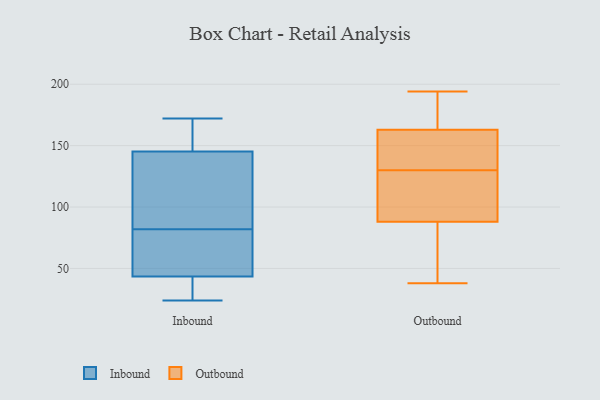
{"axis": {"x": "Demand Index", "y": "Value"}, "legend": ["Inbound", "Outbound"], "data": [{"x": "", "y": 27, "type": "Inbound"}, {"x": "", "y": 27, "type": "Inbound"}, {"x": "", "y": 67, "type": "Inbound"}, {"x": "", "y": 49, "type": "Inbound"}, {"x": "", "y": 51, "type": "Inbound"}, {"x": "", "y": 110, "type": "Inbound"}, {"x": "", "y": 144, "type": "Inbound"}, {"x": "", "y": 82, "type": "Inbound"}, {"x": "", "y": 109, "type": "Inbound"}, {"x": "", "y": 24, "type": "Inbound"}, {"x": "", "y": 172, "type": "Inbound"}, {"x": "", "y": 161, "type": "Inbound"}, {"x": "", "y": 149, "type": "Inbound"}, {"x": "", "y": 105, "type": "Outbound"}, {"x": "", "y": 38, "type": "Outbound"}, {"x": "", "y": 131, "type": "Outbound"}, {"x": "", "y": 129, "type": "Outbound"}, {"x": "", "y": 156, "type": "Outbound"}, {"x": "", "y": 46, "type": "Outbound"}, {"x": "", "y": 194, "type": "Outbound"}, {"x": "", "y": 191, "type": "Outbound"}, {"x": "", "y": 98, "type": "Outbound"}, {"x": "", "y": 138, "type": "Outbound"}, {"x": "", "y": 170, "type": "Outbound"}, {"x": "", "y": 78, "type": "Outbound"}]}